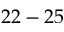
2 2 - 2 5